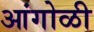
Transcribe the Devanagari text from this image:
आंगोळी